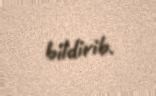
bildirib.